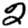
Digit: 2